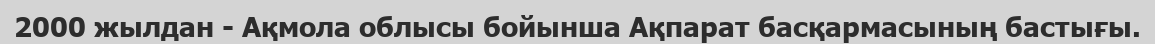
2000 жылдан - Ақмола облысы бойынша Ақпарат басқармасының бастығы.